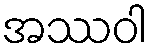
အဿဝါ